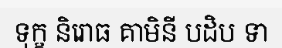
ទុក្ខ និរោធ គាមិនី បដិប ទា